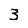
Digit: 3